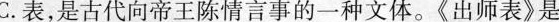
C.表，是古代向帝王陈情言事的一种文体。《出师表》是